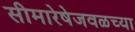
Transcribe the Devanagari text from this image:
सीमारेषेजवळच्या